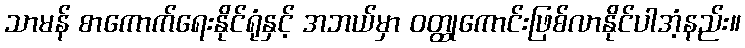
သာမန် စာကောက်ရေးနိုင်ရုံနှင့် အဘယ်မှာ ဝတ္ထုကောင်းဖြစ်လာနိုင်ပါအံ့နည်း။